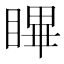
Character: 𭿑